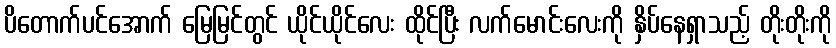
ပိတောက်ပင်အောက် မြေမြင်တွင် ယိုင်ယိုင်လေး ထိုင်ပြီး လက်မောင်းလေးကို နှိပ်နေရှာသည့် တိုးတိုးကို